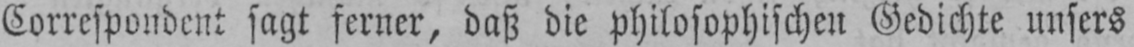
Correspondent sagt ferner, daß die philosophischen Gedichte unsers